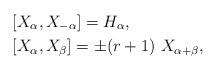
LaTeX: \begin{align*}&[ X_{\alpha} , X_{-\alpha} ] = H_{\alpha}, \\&[X_{\alpha},X_{\beta} ]= \pm (r+1) \ X_{\alpha + \beta}, \end{align*}